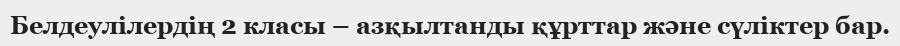
Белдеулілердің 2 класы – азқылтанды құрттар және сүліктер бар.